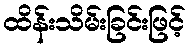
ထိန်းသိမ်းခြင်းဖြင့်